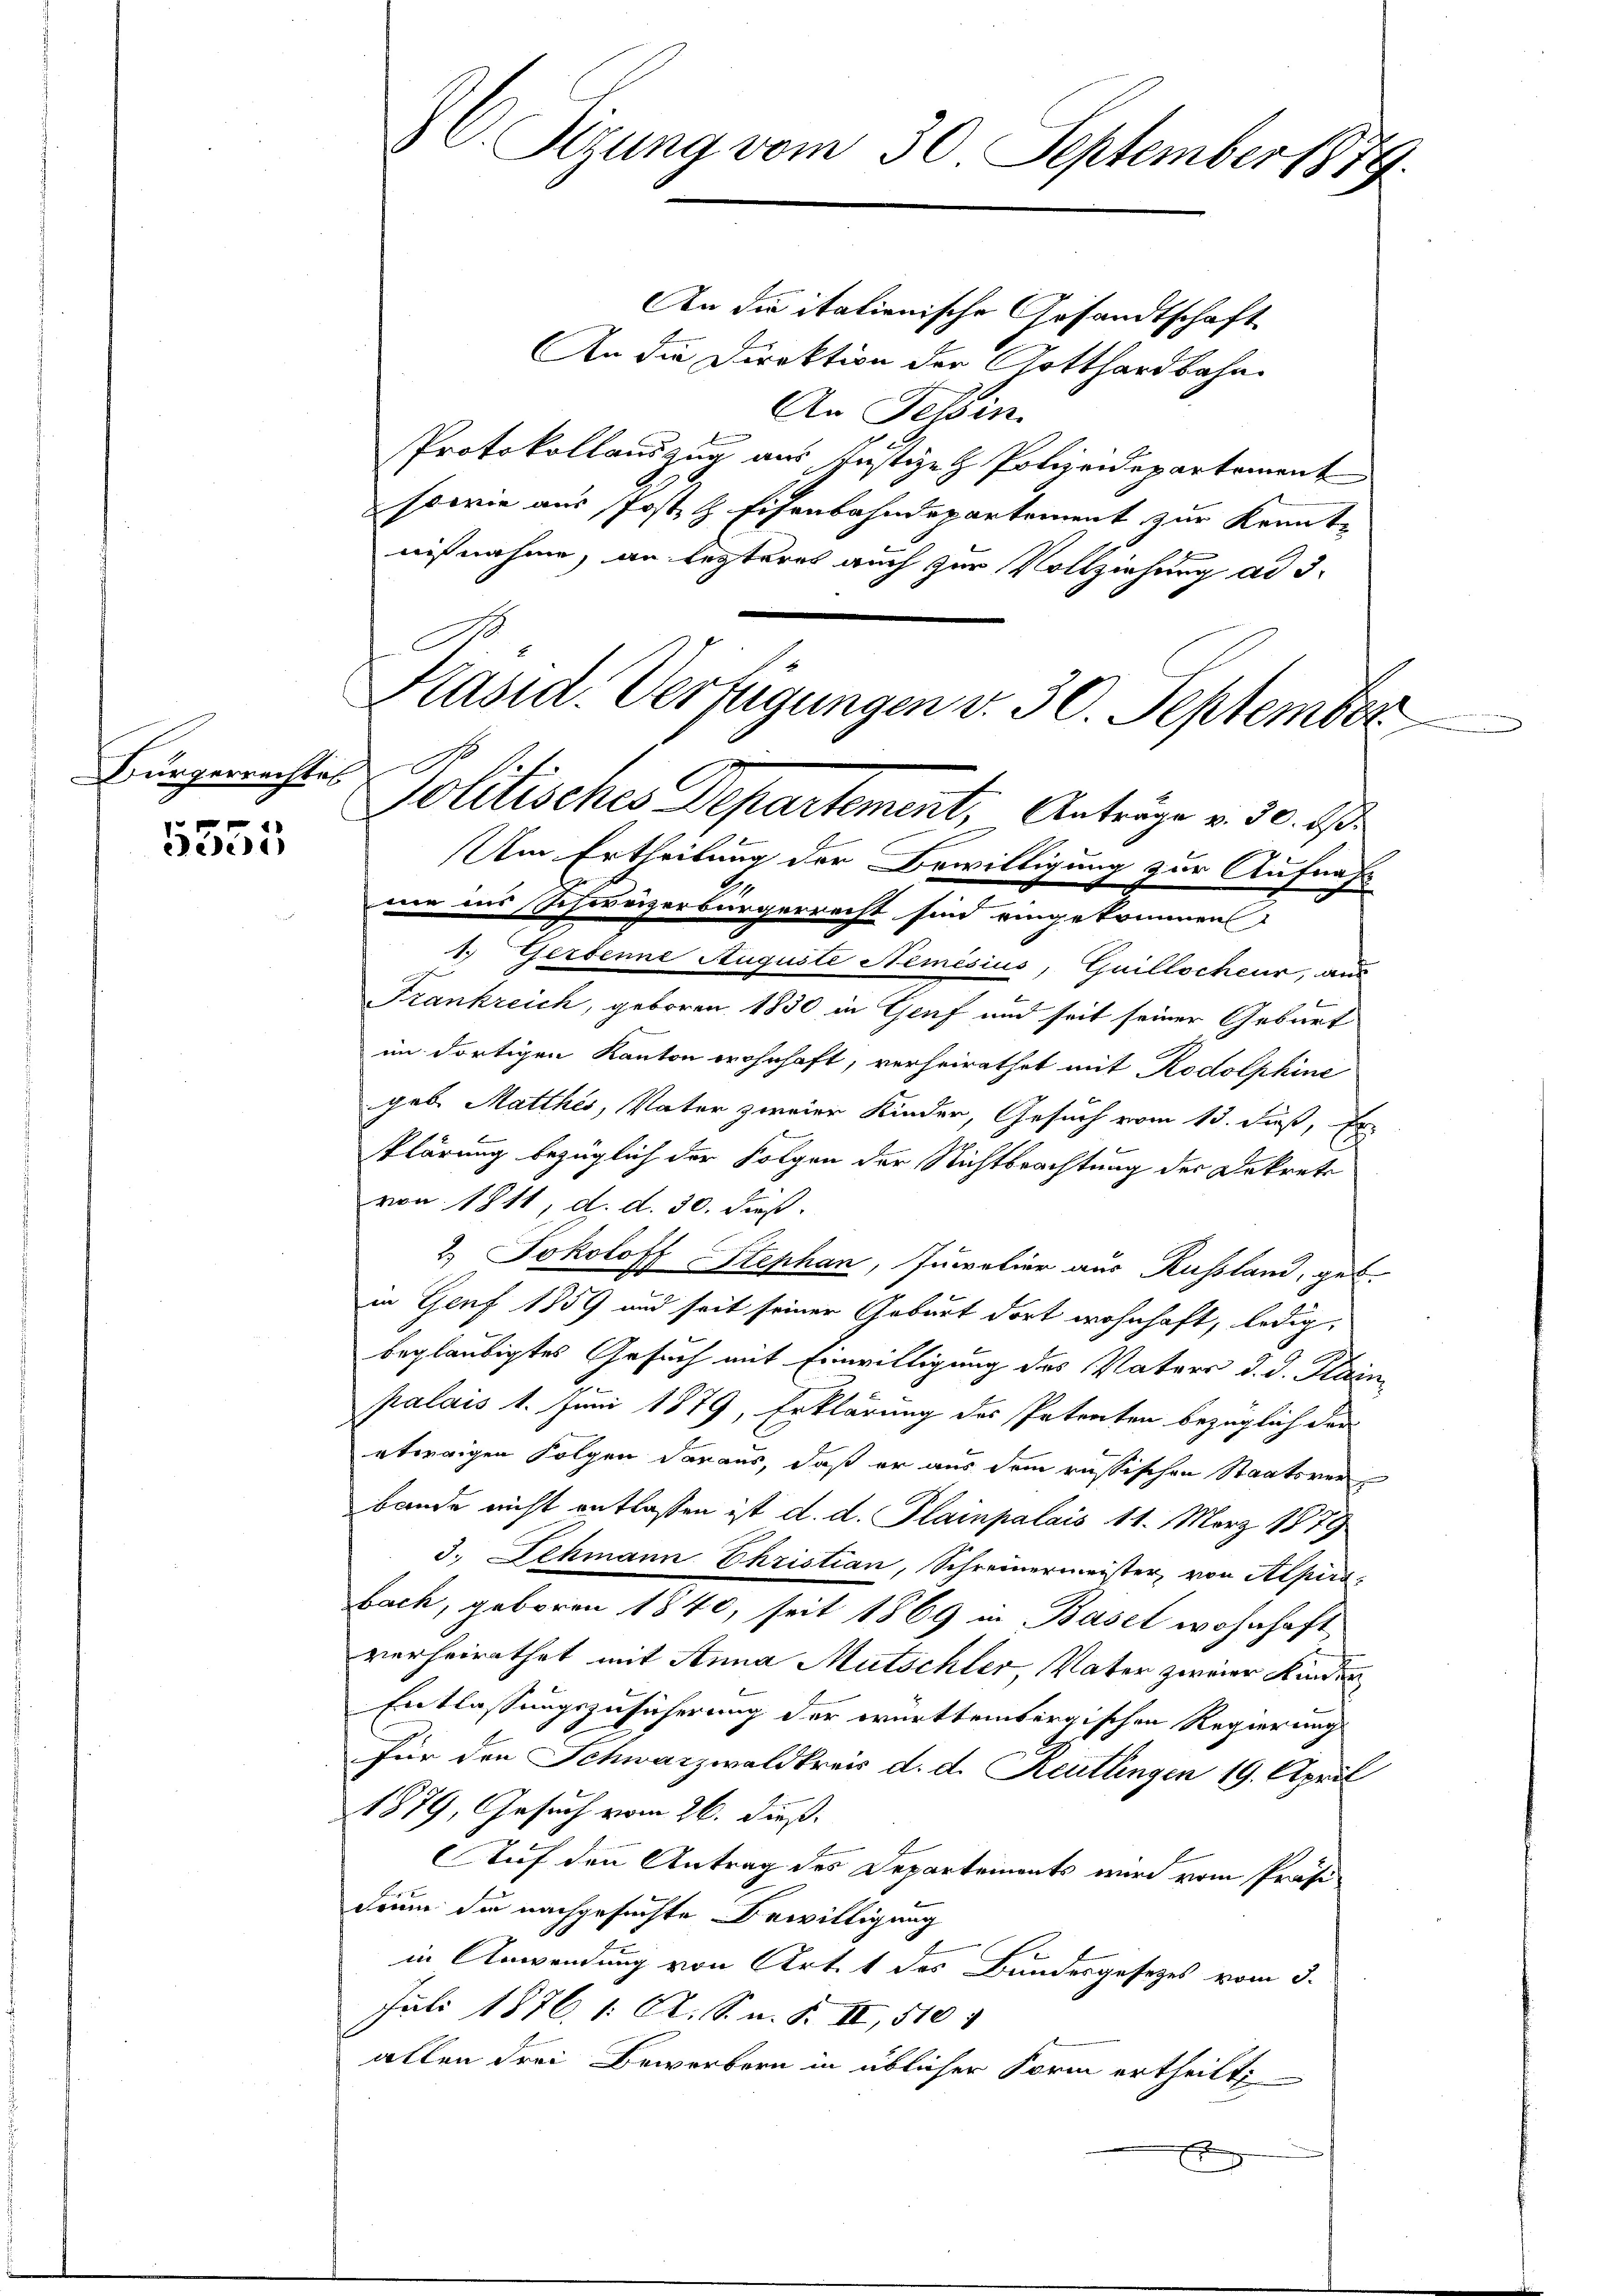
Bürgerrechtes

0 f 0 x
e

C. Sizung vom 30. September 1879.

An die italienische Gesandtschaft
An die Direktion der Gotthardbahn¬
An Tessin.
Protokollandzug aus Justiz- & Polizeidepartement
sowie aus Post & Eisenbahndepartement zur Kenntnißnahme, an lezteres auch zur Vollziehung ad 3.
Präsid. Verfügungen v. 30. September

Politisches Departement, Anträge v. 30. 1

Um Ertheilung der Bewilligung zur Aufnah
me ins Schweizerbürgerrecht sind eingekommen
1. Gerbenne Auguste Nemésius, Guillscheur, aus
Frankreich, geboren 1830 in Genf und seit seiner Geburt
im dortigen Kanton wohnhaft, verheirathet mit Rodolphine
geb. Matthes, Vater zweier Kinder, Gesuch vom 13. dieß, Er
klärung bezüglich der Folgen der Nichtbeachtung der Dekreti
von 1811, d. d. 30. dieß.
2 Jokoloff Stephan, Suppetier aus Russland, geb.
in Genf 1859 und seit seiner Geburt dort wohnhaft, ledig,
beglaubigtes Gesuch mit Einwilligung des Vaters d. d. Plain
palais 1. Juni 1879, Erklärung des Petenten bezüglich dar
etwaigen Folgen daraus, daß er aus dem russischen Staatsver
bande nicht entlaßen ist d. d. Plainpalais 11. März 1879
3. Schmann Christian, Schreinermeister, von Alpirsbach, geboren 1840, seit 1869 in Basel wohnhaft
verheirathet mit Anna Mutschler, Vater zweier Kinden
Entlassungszusicherung der württembergischen Regierung
für den Schwarzwaldkreis d. d. Reutlingen 19. April
1879, Gesuch vom 26. dieß.
Auf den Antrag des Departements wird vom Präsidium die nachgesuchte Bewilligung
in Anwendung von Art. 1 des Bundesgesetzes vom 3.
Juli 1876. 1. A. S. n. F. II, 510
allen drei Bewerbern in üblicher Form ertheilt,
E